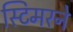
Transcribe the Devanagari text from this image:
स्टिमरने